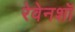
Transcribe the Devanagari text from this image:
रेवेनशॉ